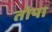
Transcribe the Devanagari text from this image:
तोपा